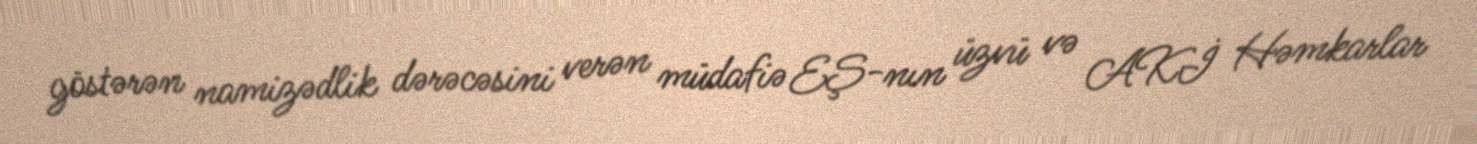
göstərən namizədlik dərəcəsini verən müdafiə EŞ-nın üzvü və AKİ Həmkarlar